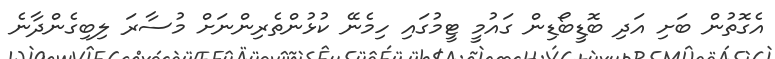
އެގޮތުން ބަށި އަދި ބޮޑީބޯޑިން ގައުމީ ޓީމުގައި ހިމެނޭ ކުޅުންތެރިންނަށް މުސާރަ ލިބިގެންދާނެ